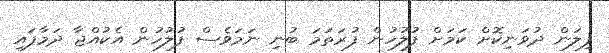
ފިލަން ދުވަނިކޮށް ކަމަށް ފުލުހުން ފުރަތަމަ ބުނި ނަމަވެސް ފުލުހުން އެކުއްޖާ ދަމާފައި